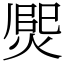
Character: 㷗